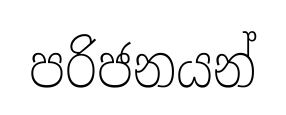
පරිජනයන්